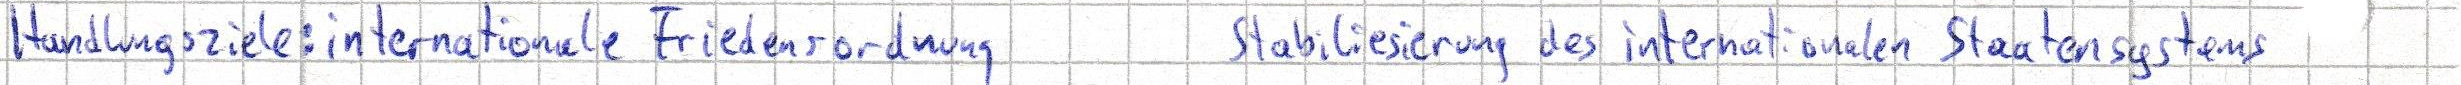
Handlungsziele: internationale Friedensordnung     Stabiliesierung des internationalen Staatensystems